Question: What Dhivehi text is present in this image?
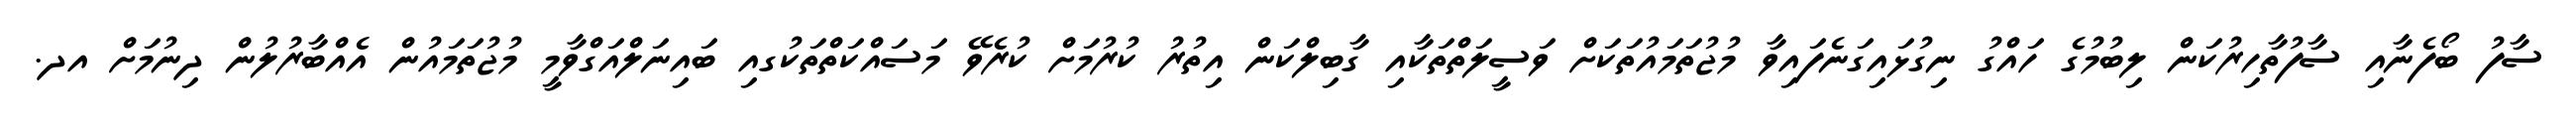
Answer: ސާފު ބޯފެނާއި ސާފުތާހިރުކަން ލިބުމުގެ ހައްގު ނިގުޅައިގަނެފައިވާ މުޖުތަމައުތަކަށް ވަސީލަތްތަކާއި ގާބިލްކަން އިތުރު ކުރުމަށް ކުރެވޭ މަސައްކަތްތަކުގއި ބައިނަލްއަގްވާމީ މުޖުތަމައުން އެއްބާރުލުން ދިނުމަށް އދ.